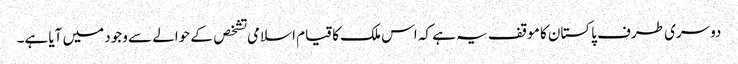
دوسری طرف پاکستان کا موقف یہ ہے کہ اس ملک کا قیام اسلامی تشخص کے حوالے سے وجود میں آیا ہے۔